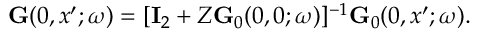
\begin{array} { r } { \ensuremath { \mathbf { G } } ( 0 , x ^ { \prime } ; \omega ) = [ \ensuremath { \mathbf { I } } _ { 2 } + Z \ensuremath { \mathbf { G } } _ { 0 } ( 0 , 0 ; \omega ) ] ^ { - 1 } \ensuremath { \mathbf { G } } _ { 0 } ( 0 , x ^ { \prime } ; \omega ) . } \end{array}